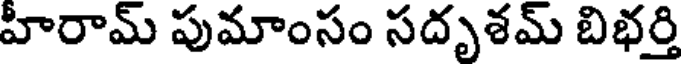
హీరామ్ పుమాంసం సదృశమ్ బిభర్తి